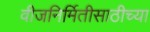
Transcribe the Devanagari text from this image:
वीजनिर्मितीसाठीच्या